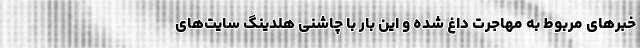
خبرهای مربوط به مهاجرت داغ شده و این بار با چاشنی هلدینگ سایت‌های